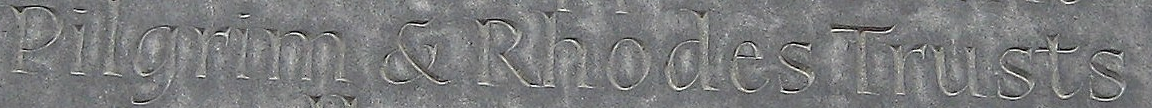
Pilgrim & Rhodes Trusts